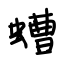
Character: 螬